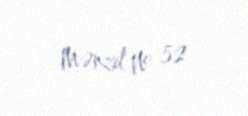
Mənzil № 52